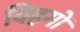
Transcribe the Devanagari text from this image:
विहगों